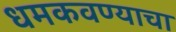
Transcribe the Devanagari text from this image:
धमकवण्याचा